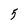
Character: 5